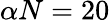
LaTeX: \alpha N=20